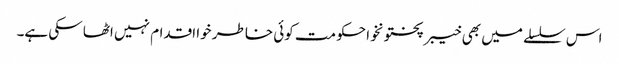
اس سلسلے میں بھی خیبر پختونخوا حکومت کوئی خاطر خوا اقدام نہیں اٹھا سکی ہے۔